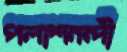
পলাশনন্দী